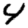
Digit: 4